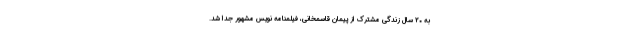
به ۲۰ سال زندگی مشترک از پیمان قاسمخانی، فیلمنامه نویس مشهور جدا شد.